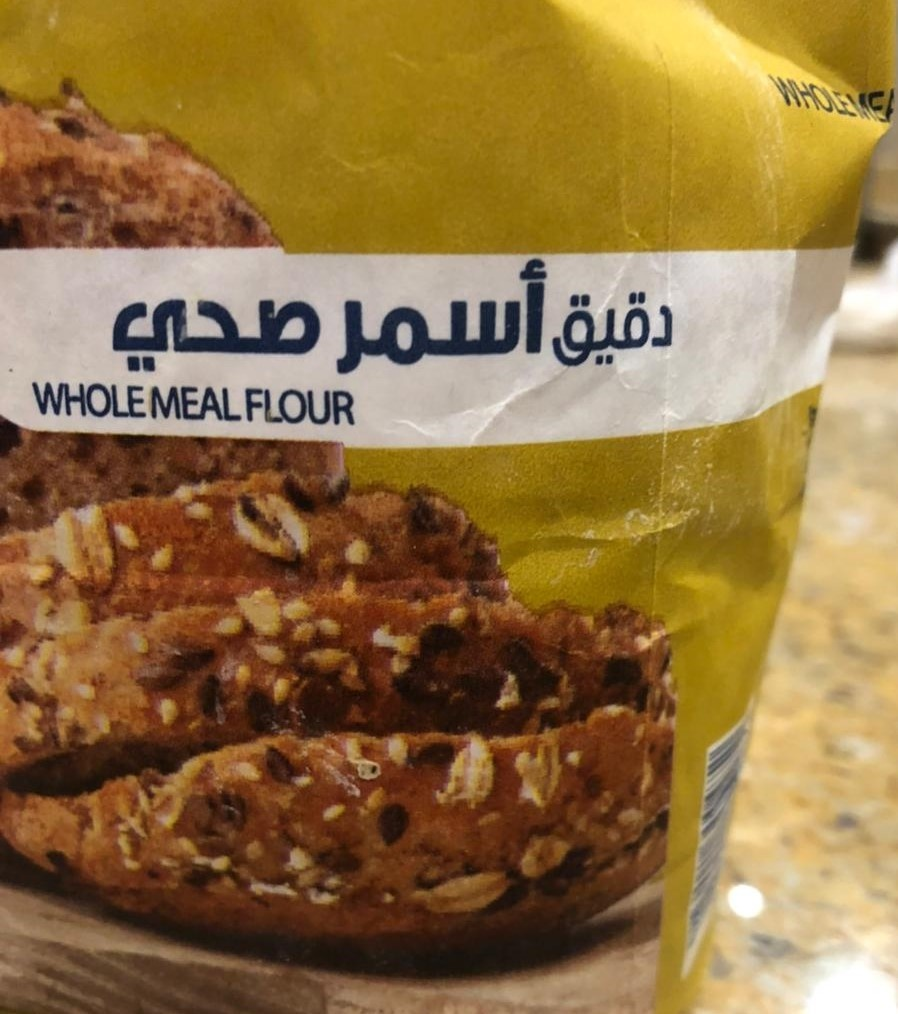
Text in image: أسمر دقيق صحي WHOLEMEAL FLOUR